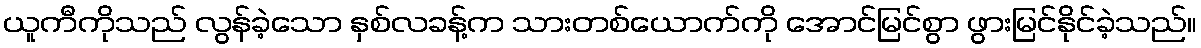
ယူကီကိုသည် လွန်ခဲ့သော နှစ်လခန့်က သားတစ်ယောက်ကို အောင်မြင်စွာ ဖွားမြင်နိုင်ခဲ့သည်။